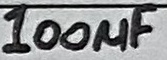
Text: 100µF